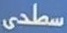
سطحى